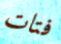
فتات